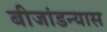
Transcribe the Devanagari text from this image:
बीजांडन्यास